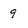
Character: 9